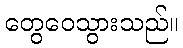
တွေဝေသွားသည်။